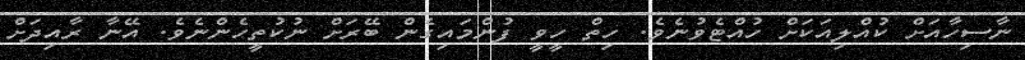
ނާސިހާއަށް ކުއްލިއަކަށް ހުއްޓެވުނެވެ. ހިތް ހީވީ ފުންމައިގެން ބޭރަށް ނުކުތީހެންނެވެ. އޭނާ ރާއިދަށް